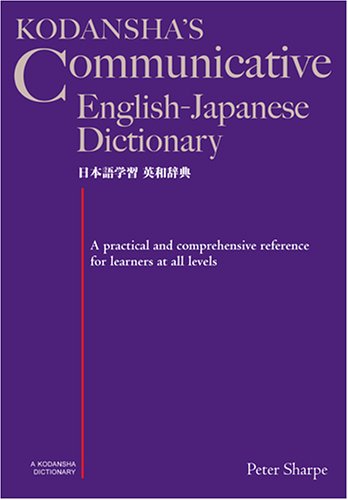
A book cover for Kodansha's Communicative English-Japanese Dictionary; Peter Sharpe; Reference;